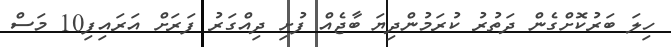
ހިލަ ބަރުކޮށްގެން ދަތުރު ކުރަމުންދިޔަ ބާޖެއް ފުށި ދިއްގަރު ފަރަށް އަރައިފި10 މަސް